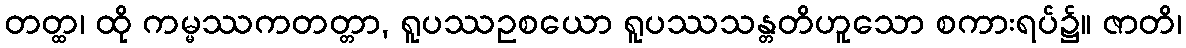
တတ္ထ၊ ထို ကမ္မဿကတတ္တာ, ရူပဿဥစယော ရူပဿသန္တတိဟူသော စကားရပ်၌။ ဇာတိ၊